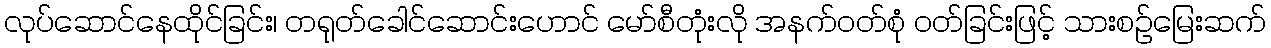
လုပ်ဆောင်နေထိုင်ခြင်း၊ တရုတ်ခေါင်ဆောင်းဟောင် မော်စီတုံးလို အနက်ဝတ်စုံ ဝတ်ခြင်းဖြင့် သားစဉ်မြေးဆက်